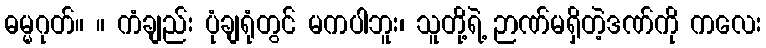
ဓမ္မဂုတ်။ ။ ကံချည်း ပုံချရုံတွင် မကပါဘူး၊ သူတို့ရဲ့ ဉာဏ်မရှိတဲ့ဒဏ်ကို ကလေး